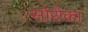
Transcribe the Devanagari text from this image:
सोरोका